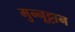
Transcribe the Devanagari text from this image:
मुन्नूट्टान